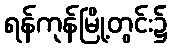
ရန်ကုန်မြို့တွင်း၌